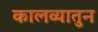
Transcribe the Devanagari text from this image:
कालव्यातुन